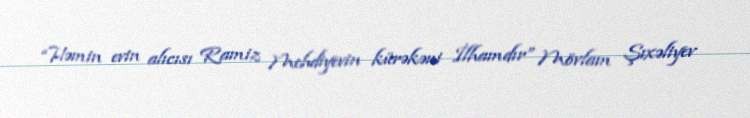
“Həmin evin alıcısı Ramiz Mehdiyevin kürəkəni İlhamdır” Mövlam Şıxəliyev